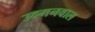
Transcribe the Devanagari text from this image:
उदमनवाल